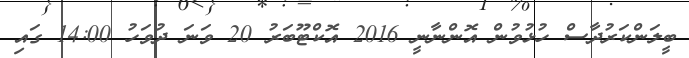
ބީލަންކަރުދާސް ހުޅުވުން އޮންނާނީ 2016 އޮކްޓޫބަރު 20 ވަނަ ދުވަހު 14:00 ގައި